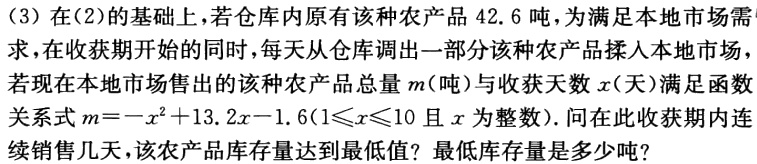
(3) 在(2)的基础上，若仓库内原有该种农产品$42.6$吨，为满足本地市场需求，在收获期开始的同时，每天从仓库调出一部分该种农产品揉入本地市场，若现在本地市场售出的该种农产品总量$m$(吨)与收获天数$x$(天)满足函数关系式$m = -x^{2}+13.2x - 1.6(1\leqslant x\leqslant10$且$x$为整数). 问在此收获期内连续销售几天，该农产品库存量达到最低值？最低库存量是多少吨？